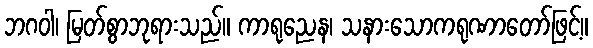
ဘဂဝါ၊ မြတ်စွာဘုရားသည်။ ကာရုညေန၊ သနားသောကရုဏာတော်ဖြင့်။